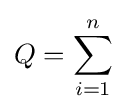
Q=\sum _{i=1}^{n}